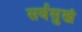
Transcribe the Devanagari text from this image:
सर्वसुखं